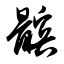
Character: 髌